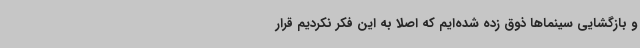
و بازگشایی سینماها ذوق زده شده‌ایم که اصلاً به این فکر نکردیم قرار